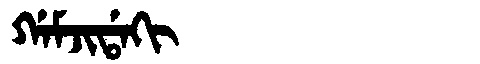
Manchu: ᡤᠠᠮᠵᡳᡩᠠᡴᡳ
Romanization: GAMJIDAKI